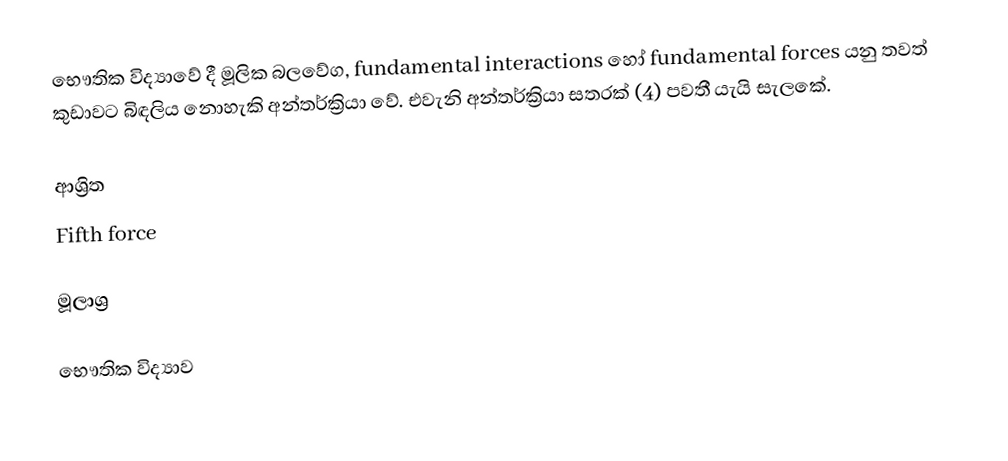
භෞතික විද්‍යාවේ දී මූලික බලවේග, fundamental interactions හෝ fundamental forces යනු තවත් කුඩාවට බිඳලිය නොහැකි අන්තර්ක්‍රියා වේ. එවැනි අන්තර්ක්‍රියා සතරක් (4) පවතී යැයි සැලකේ.

ආශ්‍රිත
 Fifth force

මූලාශ්‍ර

භෞතික විද්‍යාව